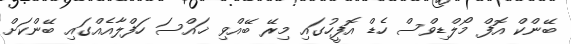
ބޭންކް އޮފް މޯލްޑިވްސް ހެޑް އޮފީހުގައި މިރޭ ބޭއްވި ޚައްސަ ހަފްލާއެއްގައި ބޭންކަށް